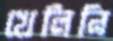
খেলিনি